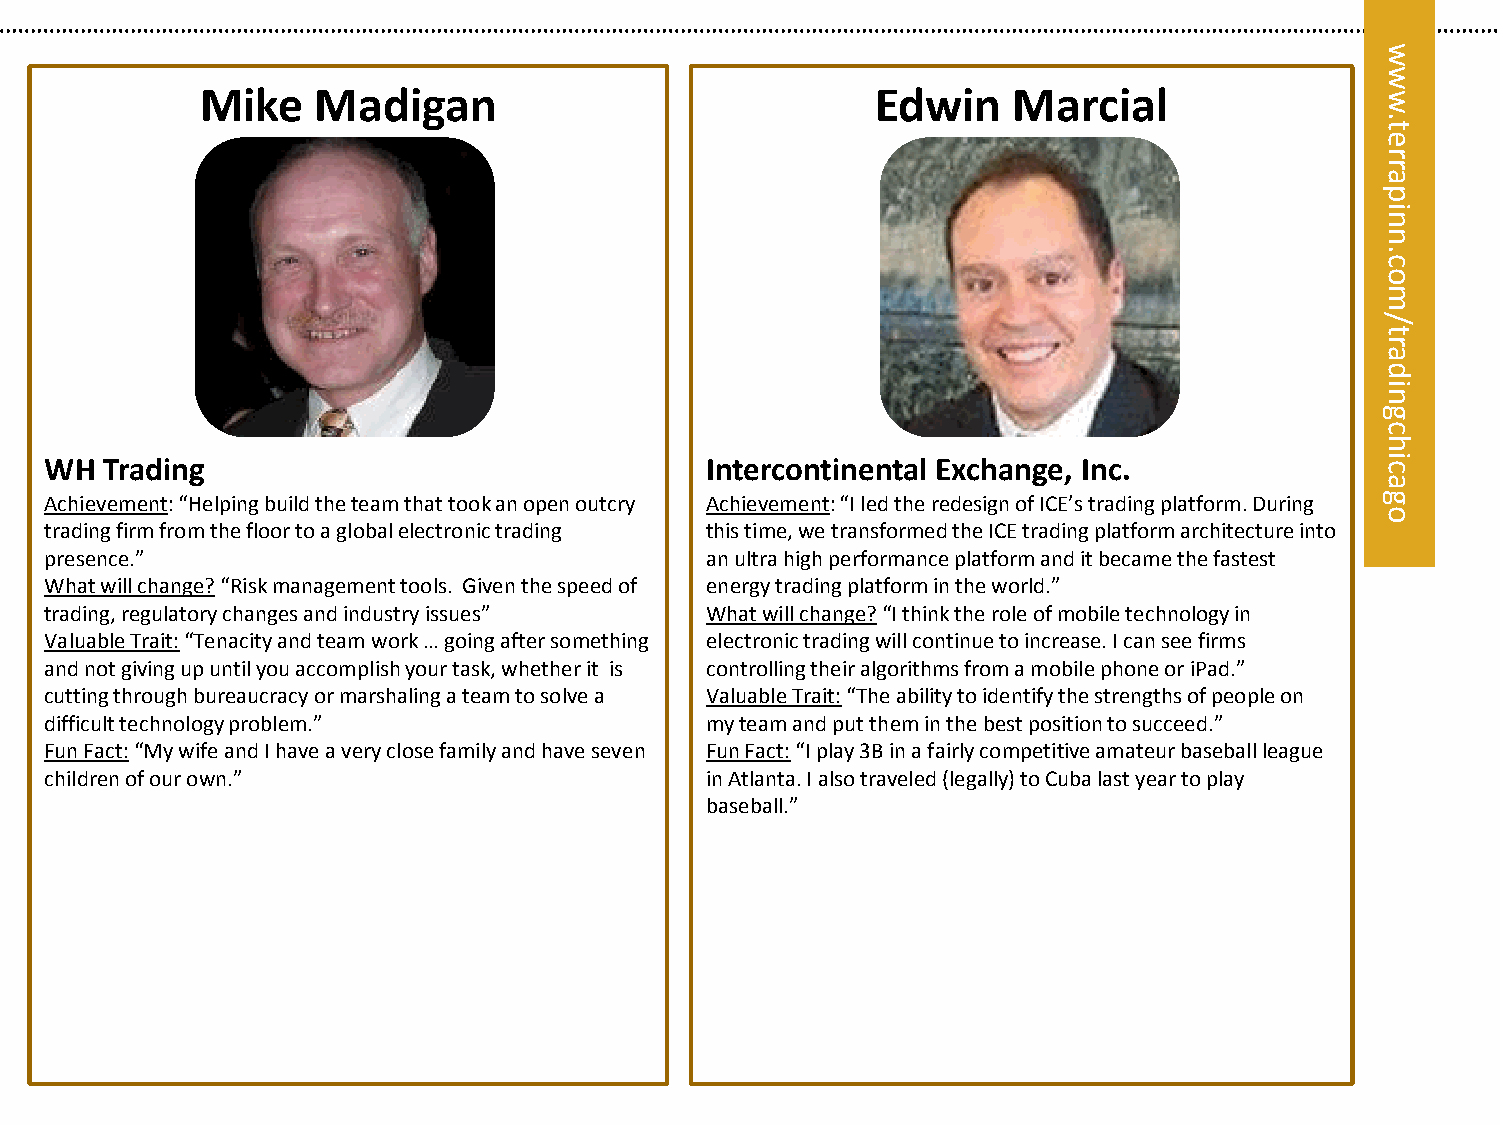
w
 w
 Mike    Madigan                              Edwin    Marcial
 w
 .
 t
 e
 r
 r
 eta
 rrp
 pa ni
 ni
 n
 n.
 c.c
 oo
 m
 m
 /
 ol/
 yt
 ar
 tla
 ayd
 si
 ain
 g
 c
 h
 WH  Trading                                 Intercontinental Exchange, Inc.             ci
 a
 Achievement: “Helping build the team that took an open outcry Achievement: “I led the redesign of ICE’s trading platform. During g
 o
 trading firm from the floor to a global electronic trading this time, we transformed the ICE trading platform architecture into
 presence.”                                  an ultra high performance platform and it became the fastest
 What will change? “Risk management tools. Given the speed of energy trading platform in the world.”
 trading, regulatory changes and industry issues” What will change? “I think the role of mobile technology in
 Valuable Trait: “Tenacity and team work … going after something electronic trading will continue to increase. I can see firms
 and not giving up until you accomplish your task, whether it is controlling their algorithms from a mobile phone or iPad.”
 cutting through bureaucracy or marshaling a team to solve a Valuable Trait: “The ability to identify the strengths of people on
 difficult technology problem.”              my team and put them in the best position to succeed.”
 Fun Fact: “My wife and I have a very close family and have seven Fun Fact: “I play 3B in a fairly competitive amateur baseball league
 children of our own.”                       in Atlanta. I also traveled (legally) to Cuba last year to play
 baseball.”